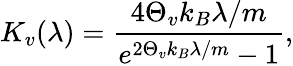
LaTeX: K_{v}(\lambda)=\frac{4\Theta_{v}k_{B}\lambda/m}{e^{2\Theta_{v}k_{B}\lambda/m}-1},